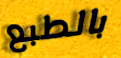
بالطبع